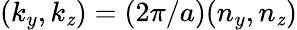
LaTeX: (k_{y},k_{\mathit{z}})=(2\pi/a)(n_{y},n_{\mathit{z}})